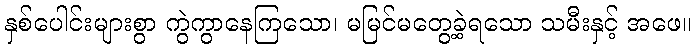
နှစ်ပေါင်းများစွာ ကွဲကွာနေကြသော၊ မမြင်မတွေ့ခဲ့ရသော သမီးနှင့် အဖေ။